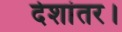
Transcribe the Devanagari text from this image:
देशांतर।